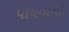
પોષવાનો